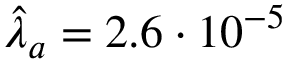
\hat { \lambda } _ { a } = 2 . 6 \cdot 1 0 ^ { - 5 }